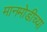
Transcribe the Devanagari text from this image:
मानमोडीच्या